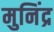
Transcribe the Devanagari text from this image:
मुनिंद्र